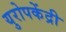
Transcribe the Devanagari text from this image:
युरोपकेंद्री